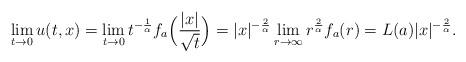
LaTeX: \begin{align*} \lim_{t \to 0}u(t,x) = \lim_{t \to 0}t^{-\frac {1} {\alpha }} f_a \Bigl( \frac {|x|} {\sqrt t} \Bigr)= |x|^{-\frac {2} {\alpha }}\lim_{r\to\infty}r^{\frac{2}{\alpha}}f_a(r)= L(a)|x|^{-\frac {2} {\alpha }}.\end{align*}